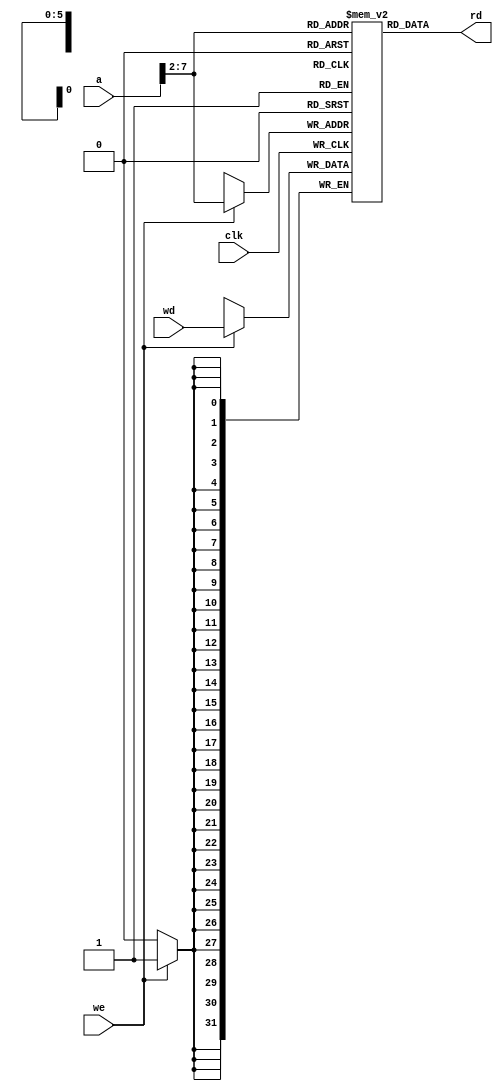
//------------------------------------------------
// dmem.v
// David_Harris@hmc.edu 23 October 2005
// External memories used by MIPS processors
//------------------------------------------------


module dmem(input         clk, we,
            input  [31:0] a, wd,
            output [31:0] rd);

  reg  [31:0] RAM[63:0];

  assign rd = RAM[a[31:2]]; // word aligned

  always @(posedge clk)
    if (we)
      RAM[a[31:2]] <= wd;
endmodule